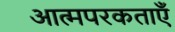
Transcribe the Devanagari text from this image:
आत्मपरकताएँ